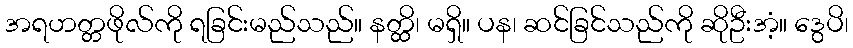
အရဟတ္တဖိုလ်ကို ရခြင်းမည်သည်။ နတ္ထိ၊ မရှိ။ ပန၊ ဆင်ခြင်သည်ကို ဆိုဦးအံ့။ ဒွေပိ၊